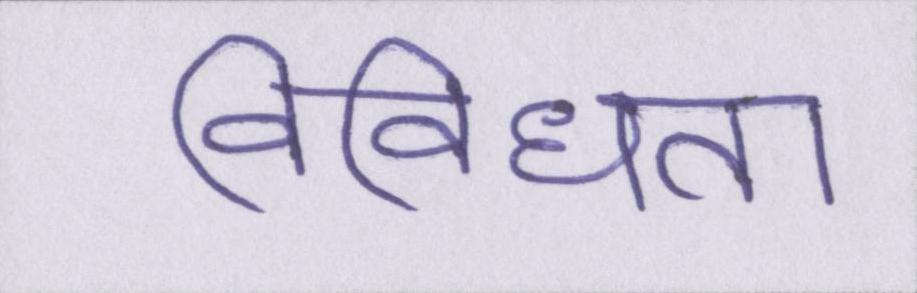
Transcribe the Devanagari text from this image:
विविधता